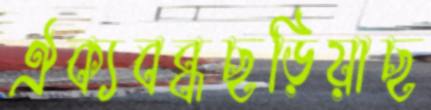
ঐক্যবব্ধছড়িয়াছ